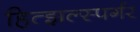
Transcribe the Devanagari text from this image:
हित्झल्स्पर्गर